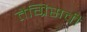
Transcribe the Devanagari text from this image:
तैग्रिसची